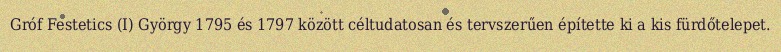
Gróf Festetics (I) György 1795 és 1797 között céltudatosan és tervszerűen építette ki a kis fürdőtelepet.